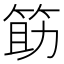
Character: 筯